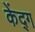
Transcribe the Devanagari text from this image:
केंद्ग